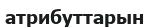
атрибуттарын